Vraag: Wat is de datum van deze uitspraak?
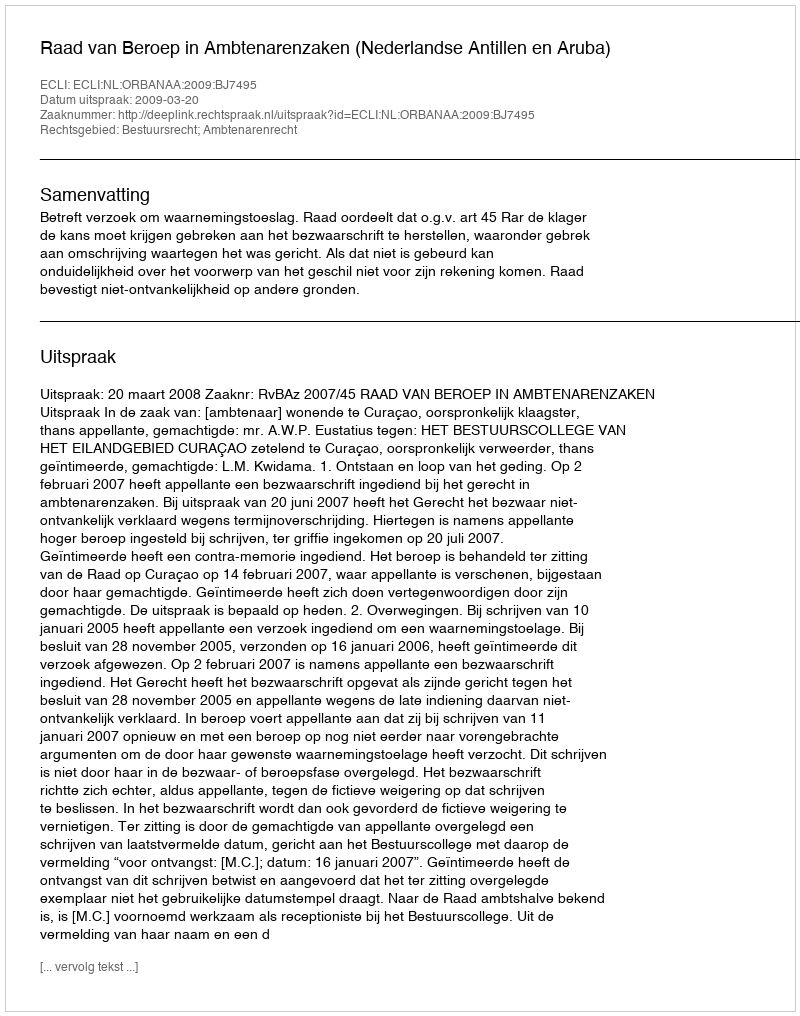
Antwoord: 2009-03-20